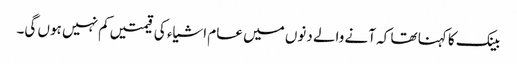
بینک کا کہنا تھا کہ آنے والے دنوں میں عام اشیاء کی قیمتیں کم نہیں ہوں گی۔